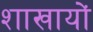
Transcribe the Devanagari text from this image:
शाखायों